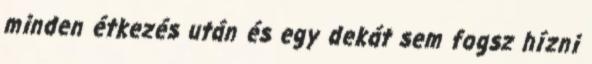
minden étkezés után és egy dekát sem fogsz hízni